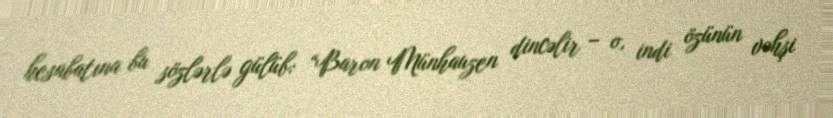
hesabatına bu sözlərlə gülüb: “Baron Münhauzen dincəlir – o, indi özünün vəhşi